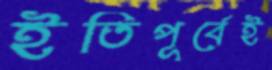
ইতিপূর্বেই